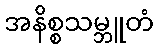
အနိစ္စသမ္ဘူတံ